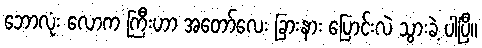
ဘောလုံး လောက ကြီးဟာ အတော်လေး ခြားနား ပြောင်းလဲ သွားခဲ့ ပါပြီ။